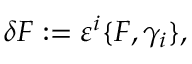
\delta F : = \varepsilon ^ { i } \{ F , \gamma _ { i } \} ,